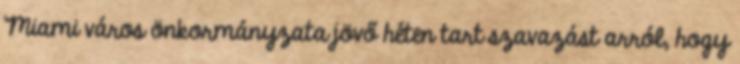
Miami város önkormányzata jövő héten tart szavazást arról, hogy